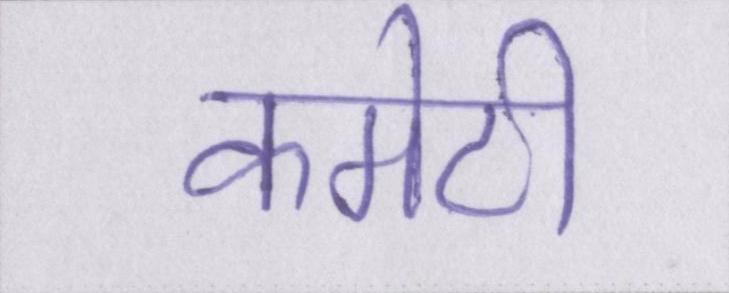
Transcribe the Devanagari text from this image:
कमेटी